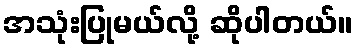
အသုံးပြုမယ်လို့ ဆိုပါတယ်။